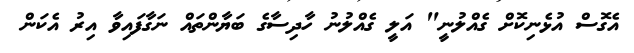
އެގޮސް އުޅެނިކޮށް ގެއްލުނީ" އަލީ ގެއްލުނު ހާދިސާގެ ބަޔާންތައް ނަގާފައިވާ އިރު އެކަން